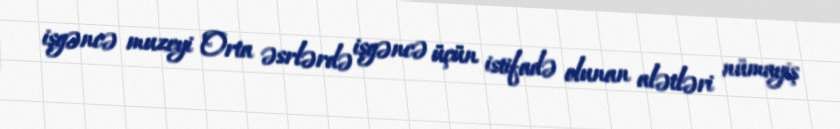
işgəncə muzeyi Orta əsrlərdə işgəncə üçün istifadə olunan alətləri nümayiş